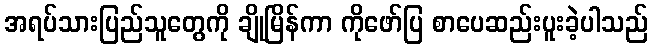
အရပ်သားပြည်သူတွေကို ချိုမြိန်ကာ ကိုဖော်ပြ စာပေဆည်းပူးခဲ့ပါသည်